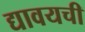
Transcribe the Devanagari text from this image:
द्यावयची